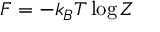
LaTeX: F = - k _ { B } T \log Z